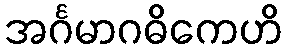
အင်္ဂမာဂဓိကေဟိ